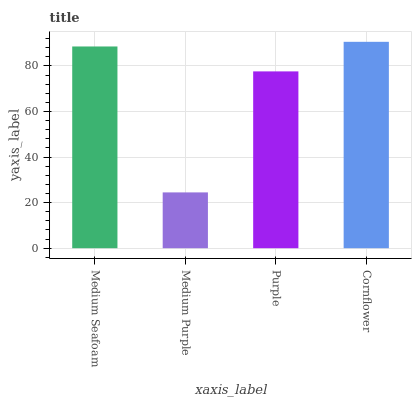
| xaxis_label | bars |
 | --- | --- |
 | Medium Seafoam | 88.5 |
 | Medium Purple | 24.5 |
 | Purple | 77.6 |
 | Cornflower | 90.6 |